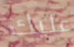
عليك